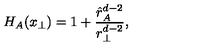
H _ { A } ( x _ { \perp } ) = 1 + { \frac { \hat { r } _ { A } ^ { d - 2 } } { r _ { \perp } ^ { d - 2 } } } ,